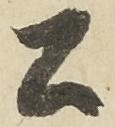
公